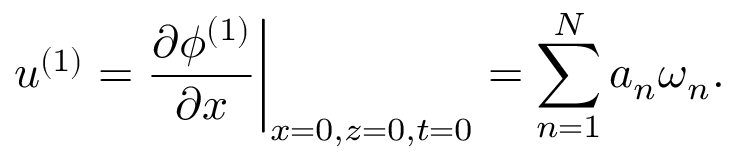
u ^ { ( 1 ) } = \frac { \partial \phi ^ { ( 1 ) } } { \partial x } \bigg | _ { x = 0 , z = 0 , t = 0 } = \sum _ { n = 1 } ^ { N } a _ { n } \omega _ { n } .